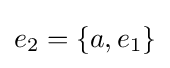
e_{2}=\{a,e_{1}\}